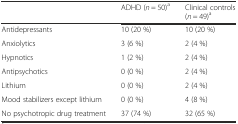
<table><thead><tr><td></td><td><b>ADHD (<i>n</i> = 50)<sup>a</sup></b></td><td><b>Clinical controls (<i>n</i> = 49)<sup>a</sup></b></td></tr></thead><tbody><tr><td>Antidepressants</td><td>10 (20 %)</td><td>10 (20 %)</td></tr><tr><td>Anxiolytics</td><td>3 (6 %)</td><td>2 (4 %)</td></tr><tr><td>Hypnotics</td><td>1 (2 %)</td><td>2 (4 %)</td></tr><tr><td>Antipsychotics</td><td>0 (0 %)</td><td>2 (4 %)</td></tr><tr><td>Lithium</td><td>0 (0 %)</td><td>2 (4 %)</td></tr><tr><td>Mood stabilizers except lithium</td><td>0 (0 %)</td><td>4 (8 %)</td></tr><tr><td>No psychotropic drug treatment</td><td>37 (74 %)</td><td>32 (65 %)</td></tr></tbody></table>